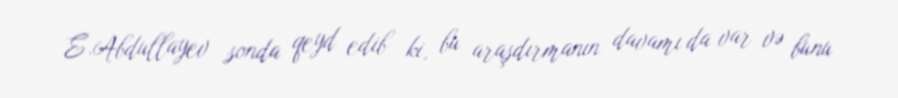
E.Abdullayev sonda qeyd edib ki, bu araşdırmanın davamı da var və bunu